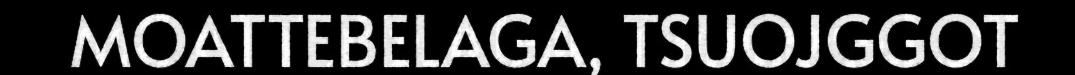
MOATTEBELAGA, TSUOJGGOT